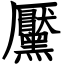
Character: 黶